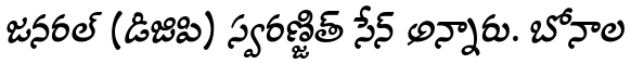
జనరల్ (డిజిపి) స్వరణ్జిత్ సేన్ అన్నారు. బోనాల